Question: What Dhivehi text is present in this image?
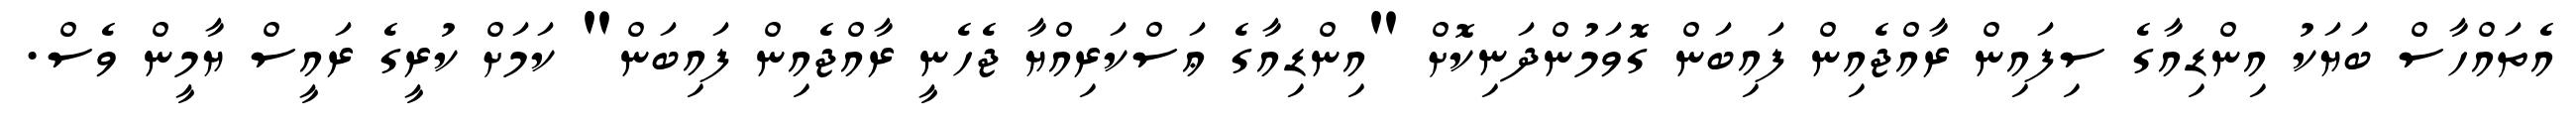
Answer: އެތައްހާސް ބަޔަކު އިންޑިއާގެ ސިފައިން ރާއްޖެއިން ފައިބަން ގޮވަމުންދަނިކޮށް "އިންޑިއާގެ ޢަސްކަރިއްޔާ ޖެހެނީ ރާއްޖެއިން ފައިބަން" ކަމަށް ކުރީގެ ރައީސް ޔާމީން ވެސް.